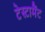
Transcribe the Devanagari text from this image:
टेस्टामैंट